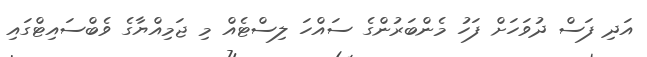
އަދި ފަސް ދުވަހަށް ފަހު މެންބަރުންގެ ސައްހަ ލިސްޓެއް މި ޖަމިއްޔާގެ ވެބްސައިޓްގައި